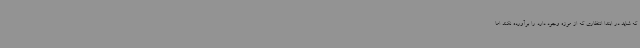
که شاید در ابتدا انتظاری که از موزه وجود دارد را برآورده نکند اما